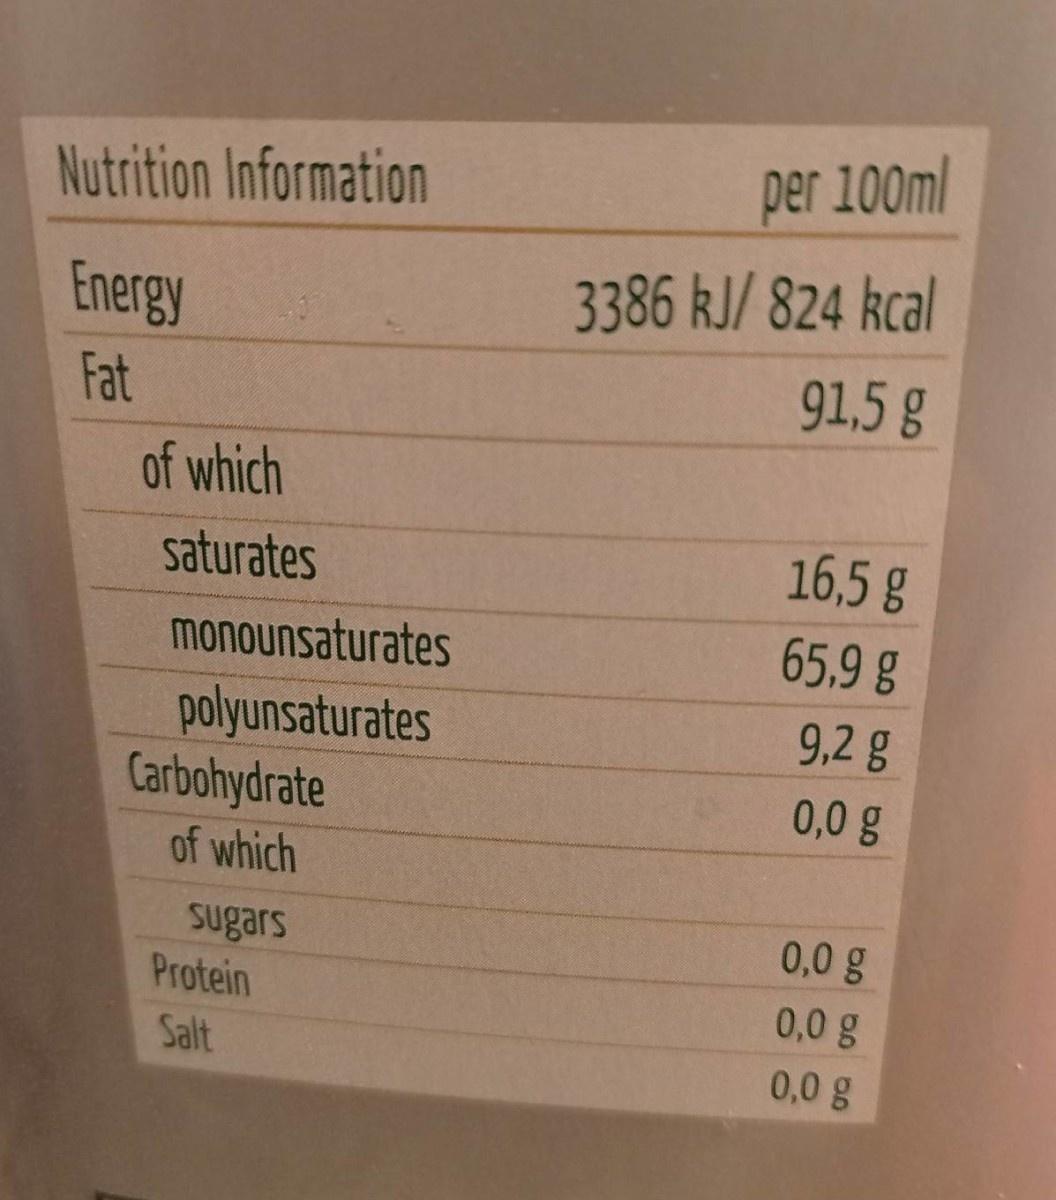
Nutrition Information
per 100ml
Energy
3386 kJ/ 824 kcal
Fat
91,5 g
of which
saturates
16,5 g
MoNOUnsaturates
65,9 g
polyunsaturates Carbohydrate
9,2 g
0,0 g
of which
0,0 g
sugars Protein
0,0 g
Salt
0,0 g